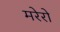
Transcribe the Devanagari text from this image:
मरेरो